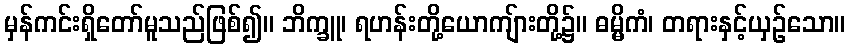
မှန်ကင်းရှိတော်မူသည်ဖြစ်၍။ ဘိက္ခူ၊ ရဟန်းတို့ယောကျ်ားတို့၌။ ဓမ္မိကံ၊ တရားနှင့်ယှဉ်သော။